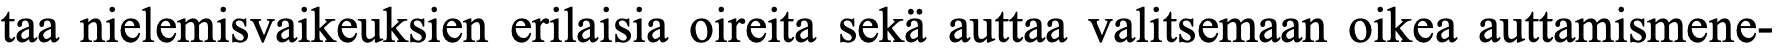
taa nielemisvaikeuksien erilaisia oireita sekä auttaa valitsemaan oikea auttamismene-